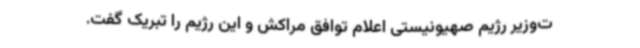
ت‌وزیر رژیم صهیونیستی اعلام توافق مراکش و این رژیم را تبریک گفت.